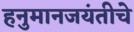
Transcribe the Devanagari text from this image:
हनुमानजयंतीचे